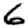
Digit: 6